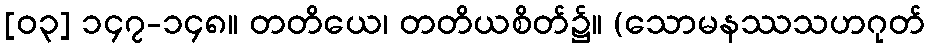
[၀၃] ၁၄၇-၁၄၈။ တတိယေ၊ တတိယစိတ်၌။ (သောမနဿသဟဂုတ်